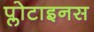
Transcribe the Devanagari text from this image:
प्लोटाइनस